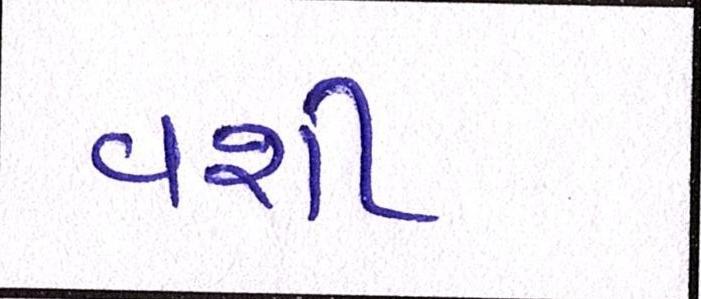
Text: વશી